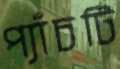
প্যাঁচটি